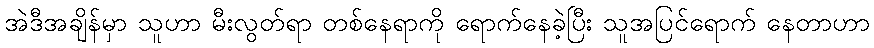
အဲဒီအချိန်မှာ သူဟာ မီးလွတ်ရာ တစ်နေရာကို ရောက်နေခဲ့ပြီး သူအပြင်ရောက် နေတာဟာ